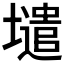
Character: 𡒌